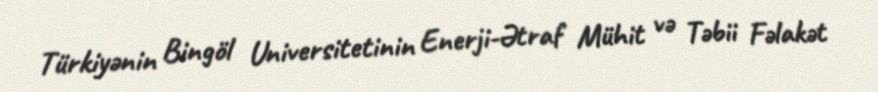
Türkiyənin Bingöl Universitetinin Enerji-Ətraf Mühit və Təbii Fəlakət